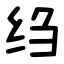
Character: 绉